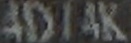
4D14K